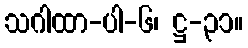
သဂါထာ-ပါ-၆၊ ဋ္ဌ-၃၁။